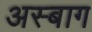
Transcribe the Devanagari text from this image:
अस्बाग